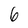
Character: 6